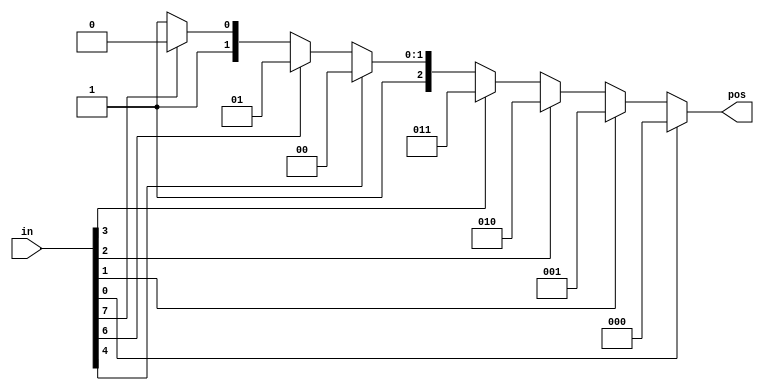
module top_module (
    input [7:0] in,
    output reg [2:0] pos  );

    always @(*) begin
        casez(in)
            8'bzzzzzzzz1: pos = 0;
            8'bzzzzzzz1z: pos = 1;
            8'bzzzzzz1zz: pos = 2;
            8'bzzzzz1zzz: pos = 3;
            8'bzzzz1zzzz: pos = 4;
            8'bzz1zzzzzz: pos = 5;
            8'bz1zzzzzzz: pos = 6;
            8'b1zzzzzzzz: pos = 7;
            default: pos = 0;
        endcase
    end

endmodule